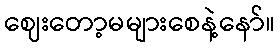
ဈေးတော့မများစေနဲ့နော်။